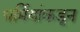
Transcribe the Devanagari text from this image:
धर्मियांकडून